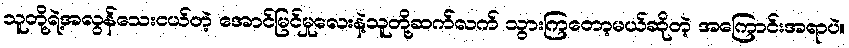
သူတို့ရဲ့အလွန်သေးငယ်တဲ့ အောင်မြင်မှုလေးနဲ့သူတို့ဆက်လက် သွားကြတော့မယ်ဆိုတဲ့ အကြောင်းအရာပဲ။